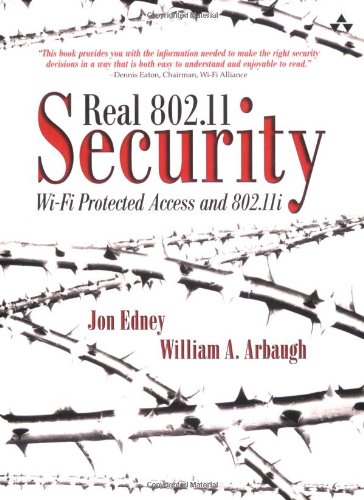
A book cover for Real 802.11 Security: Wi-Fi Protected Access and 802.11i; Jon Edney; Computers & Technology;